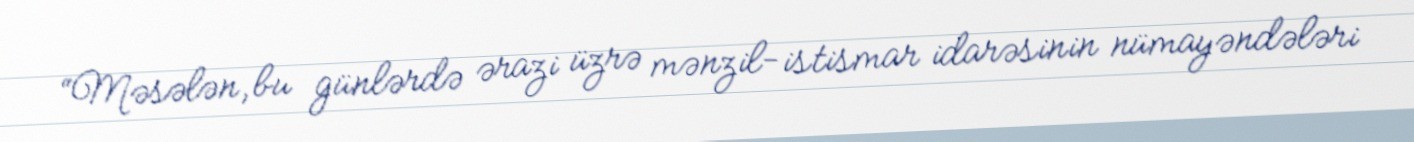
“Məsələn, bu günlərdə ərazi üzrə mənzil-istismar idarəsinin nümayəndələri